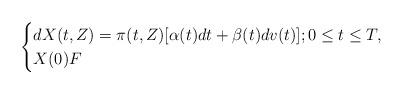
LaTeX: \begin{align*} \begin{cases}dX(t,Z) = \pi(t,Z)[\alpha(t) dt + \beta(t) dv(t)]; 0 \leq t \leq T,\\X(0) F\end{cases}\end{align*}